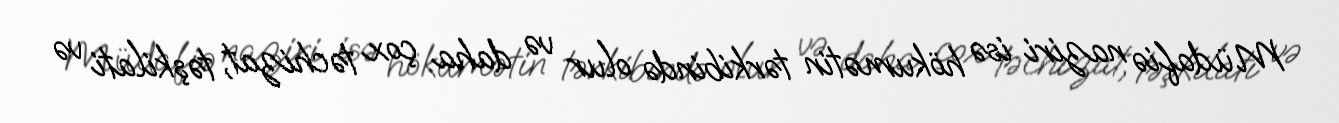
Müdafiə naziri isə hökumətin tərkibində olur və daha çox təchizat, təşkilati və